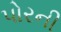
પોરની